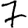
Digit: 7